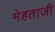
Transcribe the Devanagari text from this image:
मेहताजी